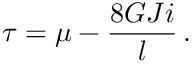
\tau = \mu - \frac { 8 G J i } { l } \, .